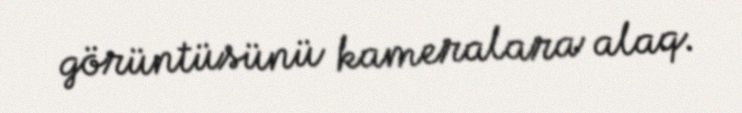
görüntüsünü kameralara alaq.